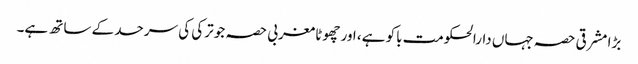
بڑا مشرقی حصہ جہاں دارالحکومت باکو ہے، اور چھوٹا مغربی حصہ جو ترکی کی سرحد کے ساتھ ہے۔